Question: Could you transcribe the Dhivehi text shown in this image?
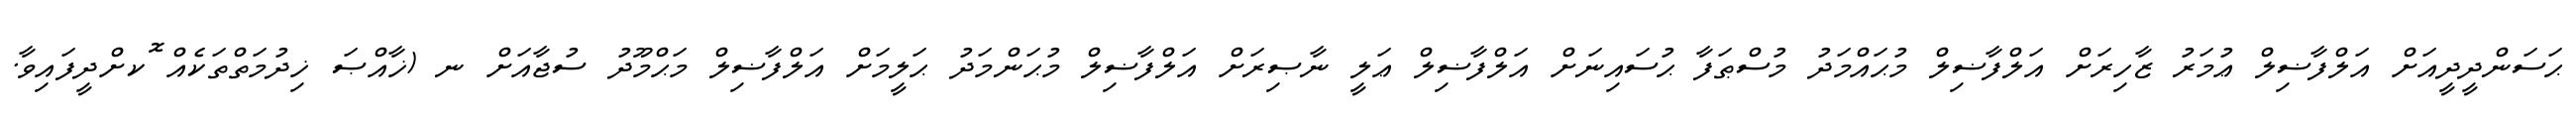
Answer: ޙަސަންދީދީއަށް އަލްފާޟިލް ޢުމަރު ޒާހިރަށް އަލްފާޟިލް މުޙައްމަދު މުސްޠަފާ ޙުސައިނަށް އަލްފާޟިލް ޢަލީ ނާޞިރަށް އަލްފާޟިލް މުޙަންމަދު ޙަލީމަށް އަލްފާޟިލް މަޙްމޫދު ސުޖާއަށް ނ (ޚާއްޞަ ޚިދުމަތްތަކެއް ޮކށްދީފައިވާ.